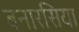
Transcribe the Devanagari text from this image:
बनारसिया